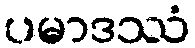
ပမာဒဿံ